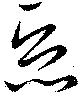
惡